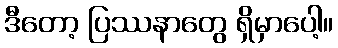
ဒီတော့ ပြဿနာတွေ ရှိမှာပေါ့။